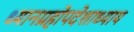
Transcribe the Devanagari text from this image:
ध्यानग्रहोपदेशाध्याय